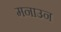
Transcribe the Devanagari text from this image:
मनाउन